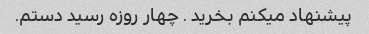
پیشنهاد میکنم بخرید . چهار روزه رسید دستم.